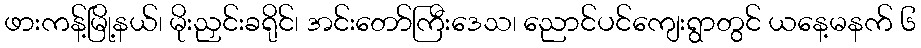
ဖားကန့်မြို့နယ်၊ မိုးညှင်းခရိုင်၊ အင်းတော်ကြီးဒေသ၊ ညောင်ပင်ကျေးရွာတွင် ယနေ့မနက် ၆